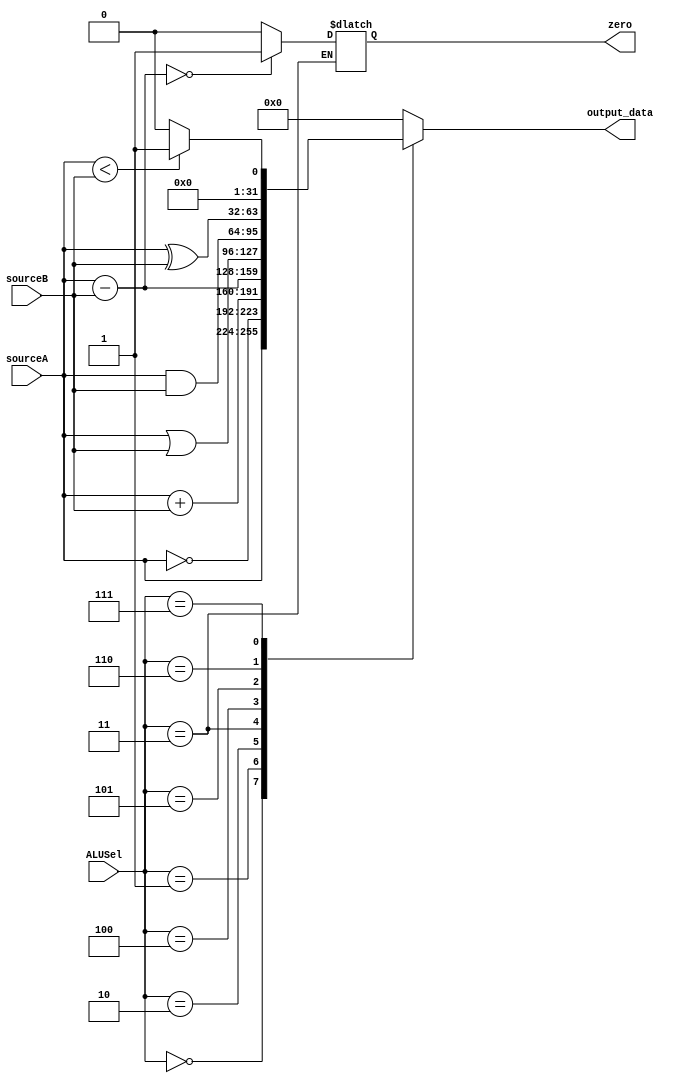
`timescale 1ns / 1ps
//////////////////////////////////////////////////////////////////////////////////
// Company: 
// Engineer: 
// 
// Design Name: 
// Module Name:    myALU 
// Project Name: 
// Target Devices: 
// Tool versions: 
// Description: 
//
// Dependencies: 
//
// Revision: 
// Revision 0.01 - File Created
// Additional Comments: 
//
//////////////////////////////////////////////////////////////////////////////////

// Main ALU
module myALU(output_data, zero, sourceA, sourceB, ALUSel);

parameter word_size = 32;

// inputs
input [word_size-1:0] sourceA, sourceB;
input [3:0] ALUSel; 

// outputs
output reg [word_size-1:0] output_data;
output reg zero;

// if any input changes, update output
always @(sourceA, sourceB, ALUSel) begin
	// operation depends on ALUSel input
	case (ALUSel)
		4'h0: output_data = sourceA;
		4'h1: output_data = ~sourceA;
		4'h2: output_data = sourceA + sourceB;
		4'h3: begin
				output_data = sourceA - sourceB;
					if ((sourceA - sourceB) == 0) begin
						zero = 1;
					end
					else begin
						zero = 0;
					end
		end
		4'h4: output_data = sourceA | sourceB;
		4'h5: output_data = sourceA & sourceB;
		4'h6: output_data = sourceA ^ sourceB;
		4'h7: output_data = ($signed(sourceA) < $signed(sourceB))? 1 : 0;
		default: output_data = 0;
	endcase
end

endmodule